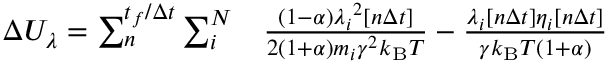
\begin{array} { r l } { \Delta U _ { \lambda } = \sum _ { n } ^ { t _ { f } / \Delta t } \sum _ { i } ^ { N } } & { { } \frac { ( 1 - \alpha ) \boldsymbol { \lambda _ { i } } ^ { 2 } [ n \Delta t ] } { 2 ( 1 + \alpha ) m _ { i } \gamma ^ { 2 } k _ { \mathrm { B } } T } - \frac { \boldsymbol { \lambda _ { i } } [ n \Delta t ] \boldsymbol { \eta _ { i } } [ n \Delta t ] } { \gamma k _ { \mathrm { B } } T ( 1 + \alpha ) } } \end{array}